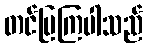
တင်ပြကြပါသည်